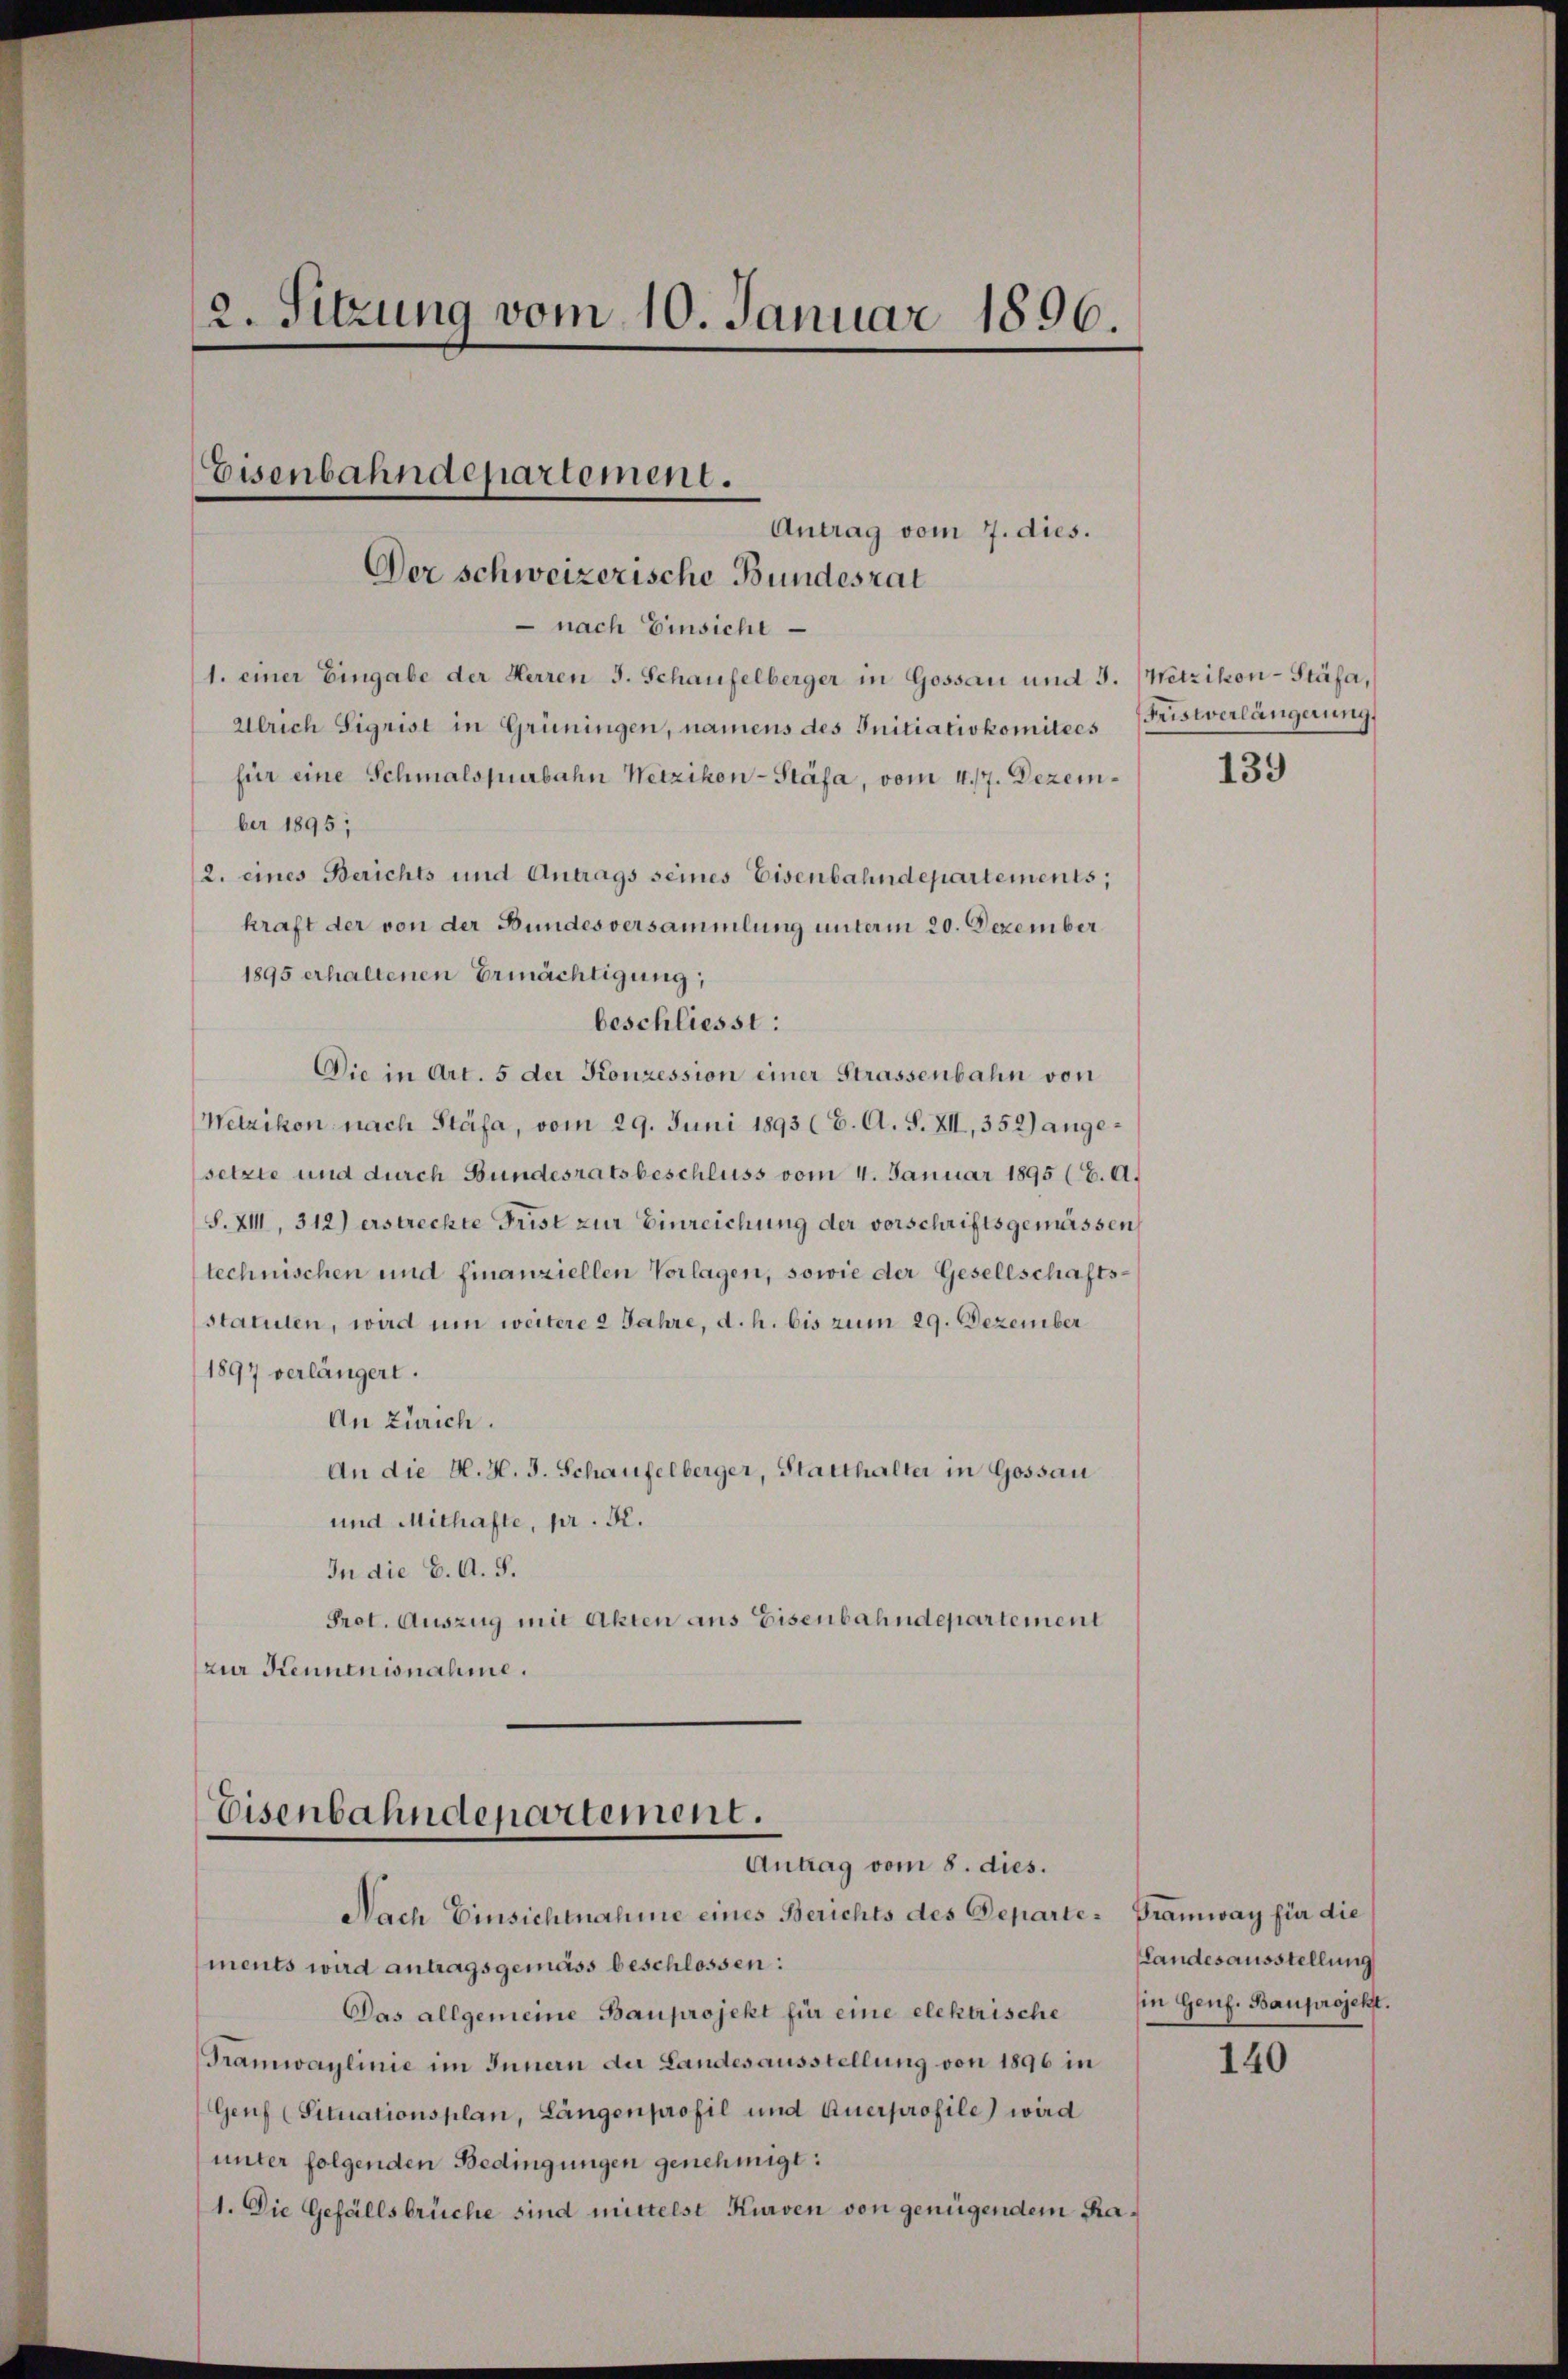
2. Sitzung vom 10. Januar 1896.

Der schweizerische Bundesrat
 nach Einsicht
1. einer Eingabe der Herren J. Schaufelberger in Gossau und J. Wetzikon-Stäfa,
Ulrich Sigrist in Grüningen, namens des Initiativkomitees
für eine Schmalspurbahn Wetzikon-Stäfa, vom 4./7. Dezember 1895;
2. eines Berichts und Antrags seines Eisenbahndepartements,
kraft der von der Bundesversammlung unterm 20. Dezember
1895 erhaltenen Ermächtigung,
beschliesst:
Die in Art. 5 der Konzession einer Strassenbahn von
Wetzikon nach Stäfa, vom 29. Juni 1893 (6. A. S. XII, 352) angesetzte und durch Bundesratsbeschluss vom 4. Januar 1895 (E. A.
S. XIII, 312) erstreckte Frist zur Einreichung der vorschriftsgemässen
technischen und finanziellen Vorlagen, sowie der Gesellschafts-
statuten, wird um weitere 2 Jahre, d. h. bis zum 29. Dezember
1897 verlängert.
An Zürich.
An die H. H. J. Schaufelberger, Statthalter in Gossau
und Mithafte, pr. K.
In die 6. A. S.
Prot. Auszug mit Akten aus Eisenbahndepartement
zur Kenntnisnahme.

Eisenbahndepartement.
Antrag vom 7. dies.

Eisenbahndepartement.
Antrag vom 8. dies.

Nach Einsichtnahme eines Berichts des Departe Gramway für die
ments wird antragsgemäss beschlossen:
Das allgemeine Bauprojekt für eine elektrische in Genf. Bauprojekt.
Tramwaylinie im Innern der Landesausstellung von 1896 in
Genf (Situationsplan, Längenprofil und Querprofile) wird
unter folgenden Bedingungen genehmigt:
1. Die Gefällsbrüche sind mittelst Kurven von genügendem Ra¬

Fristverlängerung,

139

Landesausstellung

140